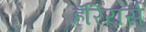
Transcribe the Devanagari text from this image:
हॅरियर्स